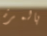
بالمرة